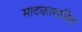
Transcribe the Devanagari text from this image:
मादकासक्ति